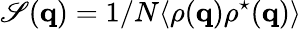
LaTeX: \mathscr{S}(\textbf{{q}})=1/N\langle\rho(\textbf{{q}})\rho^{\star}(\textbf{{q}})\rangle